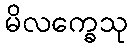
မိလက္ခေသု